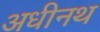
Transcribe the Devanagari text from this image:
अधीनथ